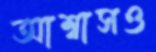
আশ্বাসও